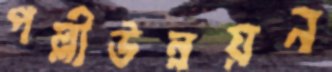
পল্লীউন্নয়ন